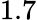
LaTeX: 1.7